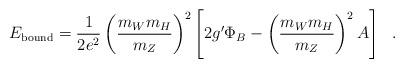
LaTeX: \begin{align*}E_{\rm bound}=\frac{1}{2 e^2}\left( \frac{m_W m_H}{m_Z}\right)^2\left[2 g^{\prime} \Phi_B- \left( \frac{m_W m_H}{m_Z}\right)^2 A\right]~~.\end{align*}